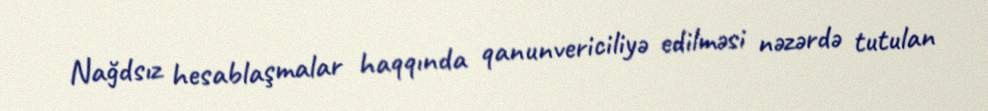
Nağdsız hesablaşmalar haqqında qanunvericiliyə edilməsi nəzərdə tutulan